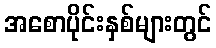
အစောပိုင်းနှစ်များတွင်